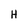
Character: H